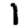
Digit: 1